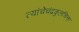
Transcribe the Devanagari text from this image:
त्यांचेचंद्रकुलचिन्ह